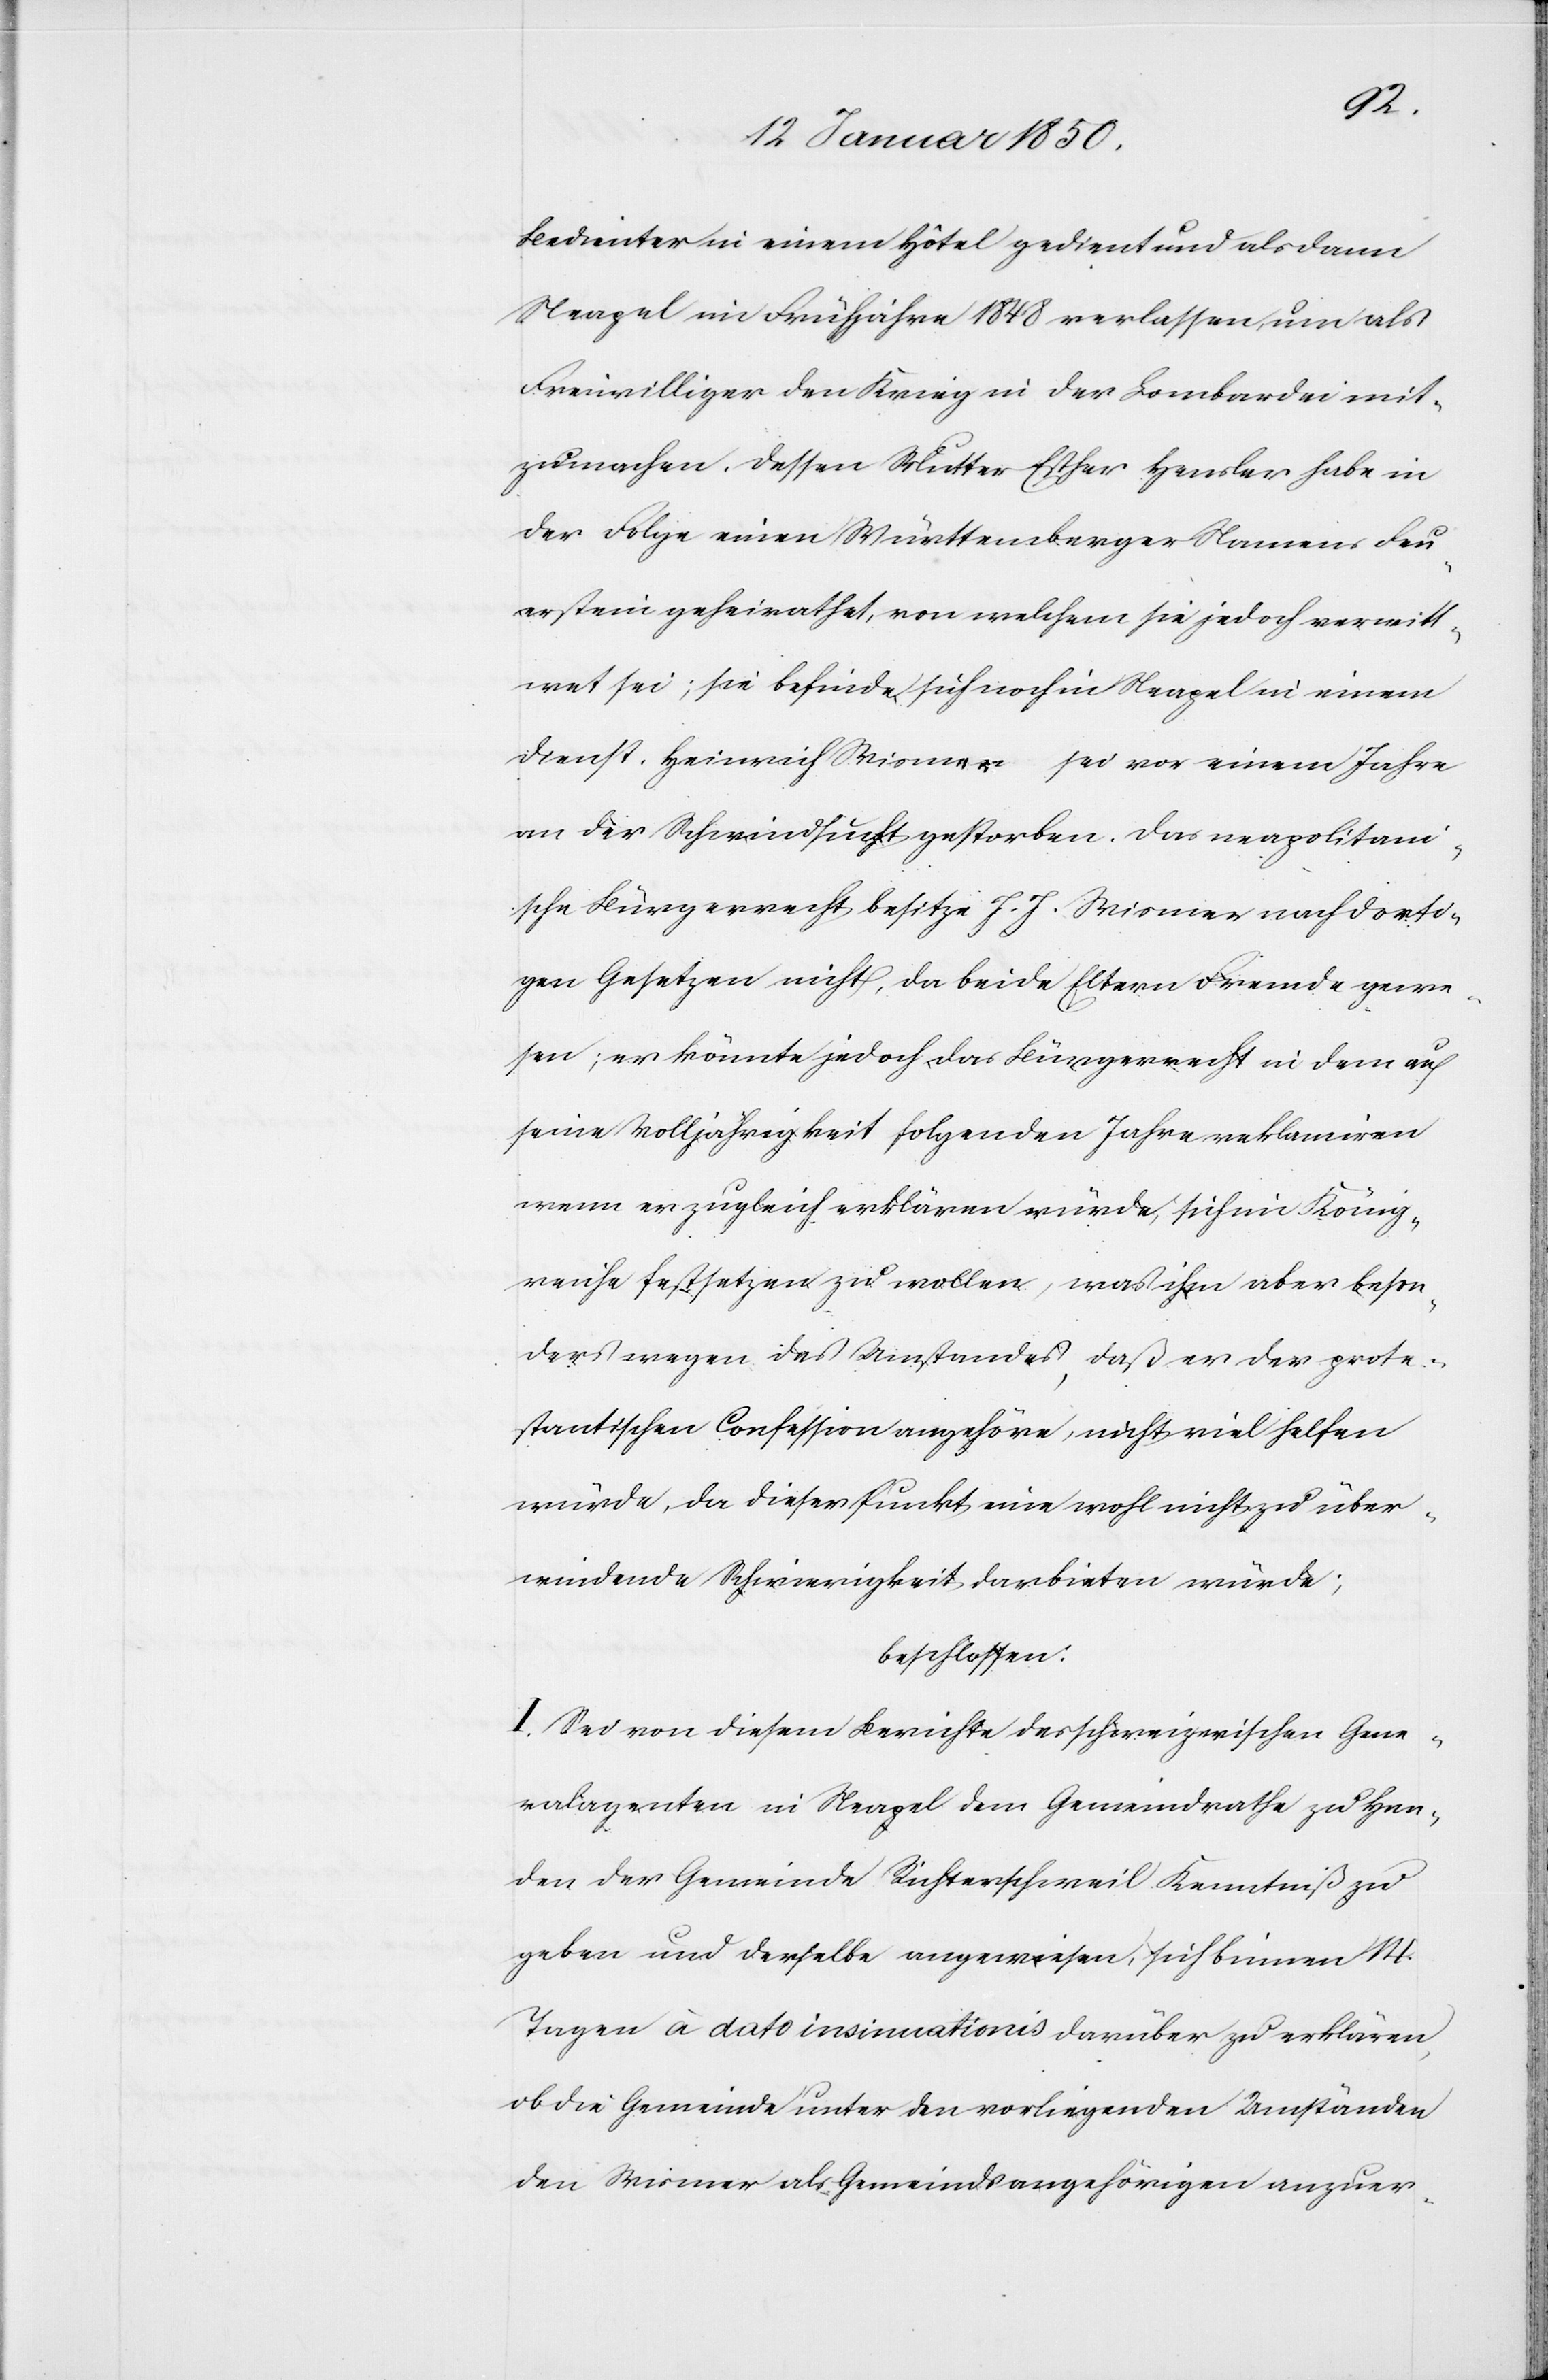
Bedienter in einem Hôtel gedient und als dann
Neapel im Frühjahre 1848 verlassen, um als
Freiwilliger den Krieg in der Lombardei mit¬
zumachen. Dessen Mutter Esther Heusler habe in
der Folge einen Württemberger Namens Feu¬
erstein geheirathet, von welchem sie jedoch verwitt¬
wet sei; sie befinde sich noch in Neapel in einem
Dienst. Heinrich Wismer sei vor einem Jahre
an der Schwindsucht gestorben. Das neapolitani¬
sche Bürgerrecht besitze J. J. Wismer nach dorti¬
gen Gesetzen nicht, da beide Eltern Fremde gewe¬
sen; er könnte jedoch das Bürgerrecht in dem auf
seine Volljährigkeit folgenden Jahre reklamiren
wenn er zugleich erklären würde, sich im König¬
reiche festsetzen zu wollen, was ihm aber beson¬
ders wegen des Umstandes, daß er der prote¬
stantischen Confession angehöre, nicht viel helfen
würde, da dieser Punkt eine wohl nicht zu über¬
windende Schwierigkeit darbieten würde;
beschlossen:
I. Sei von diesem Berichte des schweizerischen Gene¬
ralagenten in Neapel dem Gemeindrathe zu Han¬
den der Gemeinde Richterschweil Kenntniß zu
geben und derselbe angewiesen, sich binnen 14.
Tagen à dato insinuationis darüber zu erklären,
ob die Gemeinde unter den vorliegenden Umständen
den Wismer als Gemeindsangehörigen anzuer-